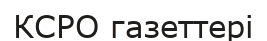
КСРО газеттері